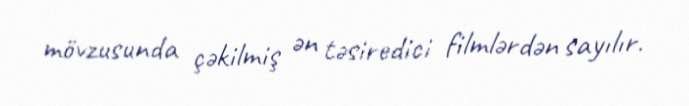
mövzusunda çəkilmiş ən təsiredici filmlərdən sayılır.